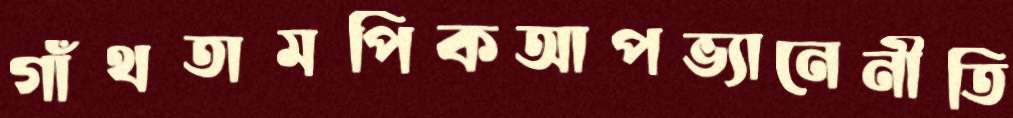
গাঁথতামপিকআপভ্যানেনীতি